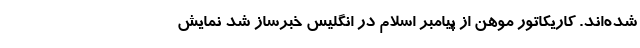
شده‌اند. کاریکاتور موهن از پیامبر اسلام در انگلیس خبرساز شد نمایش